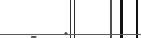
-  :